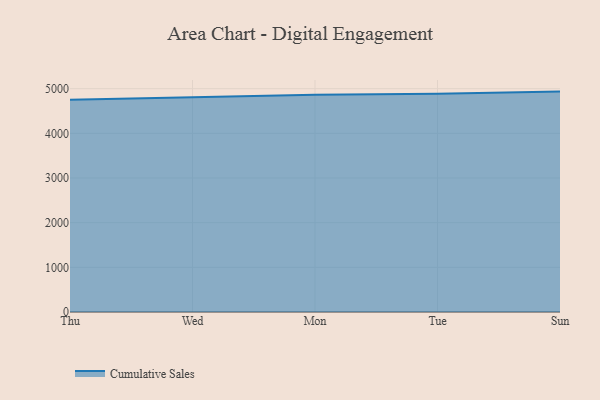
{"axis": {"x": "Day", "y": "Market Share (%)"}, "legend": ["Cumulative Sales"], "data": [{"x": "Thu", "y": 4750.0, "type": "Cumulative Sales"}, {"x": "Wed", "y": 4811.7, "type": "Cumulative Sales"}, {"x": "Mon", "y": 4861.5, "type": "Cumulative Sales"}, {"x": "Tue", "y": 4888.4, "type": "Cumulative Sales"}, {"x": "Sun", "y": 4934.4, "type": "Cumulative Sales"}]}